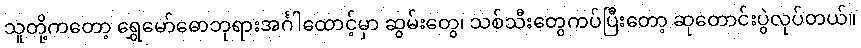
သူတို့ကတော့ ရွှေမော်ဓောဘုရားအင်္ဂါထောင့်မှာ ဆွမ်းတွေ၊ သစ်သီးတွေကပ်ပြီးတော့ ဆုတောင်းပွဲလုပ်တယ်။